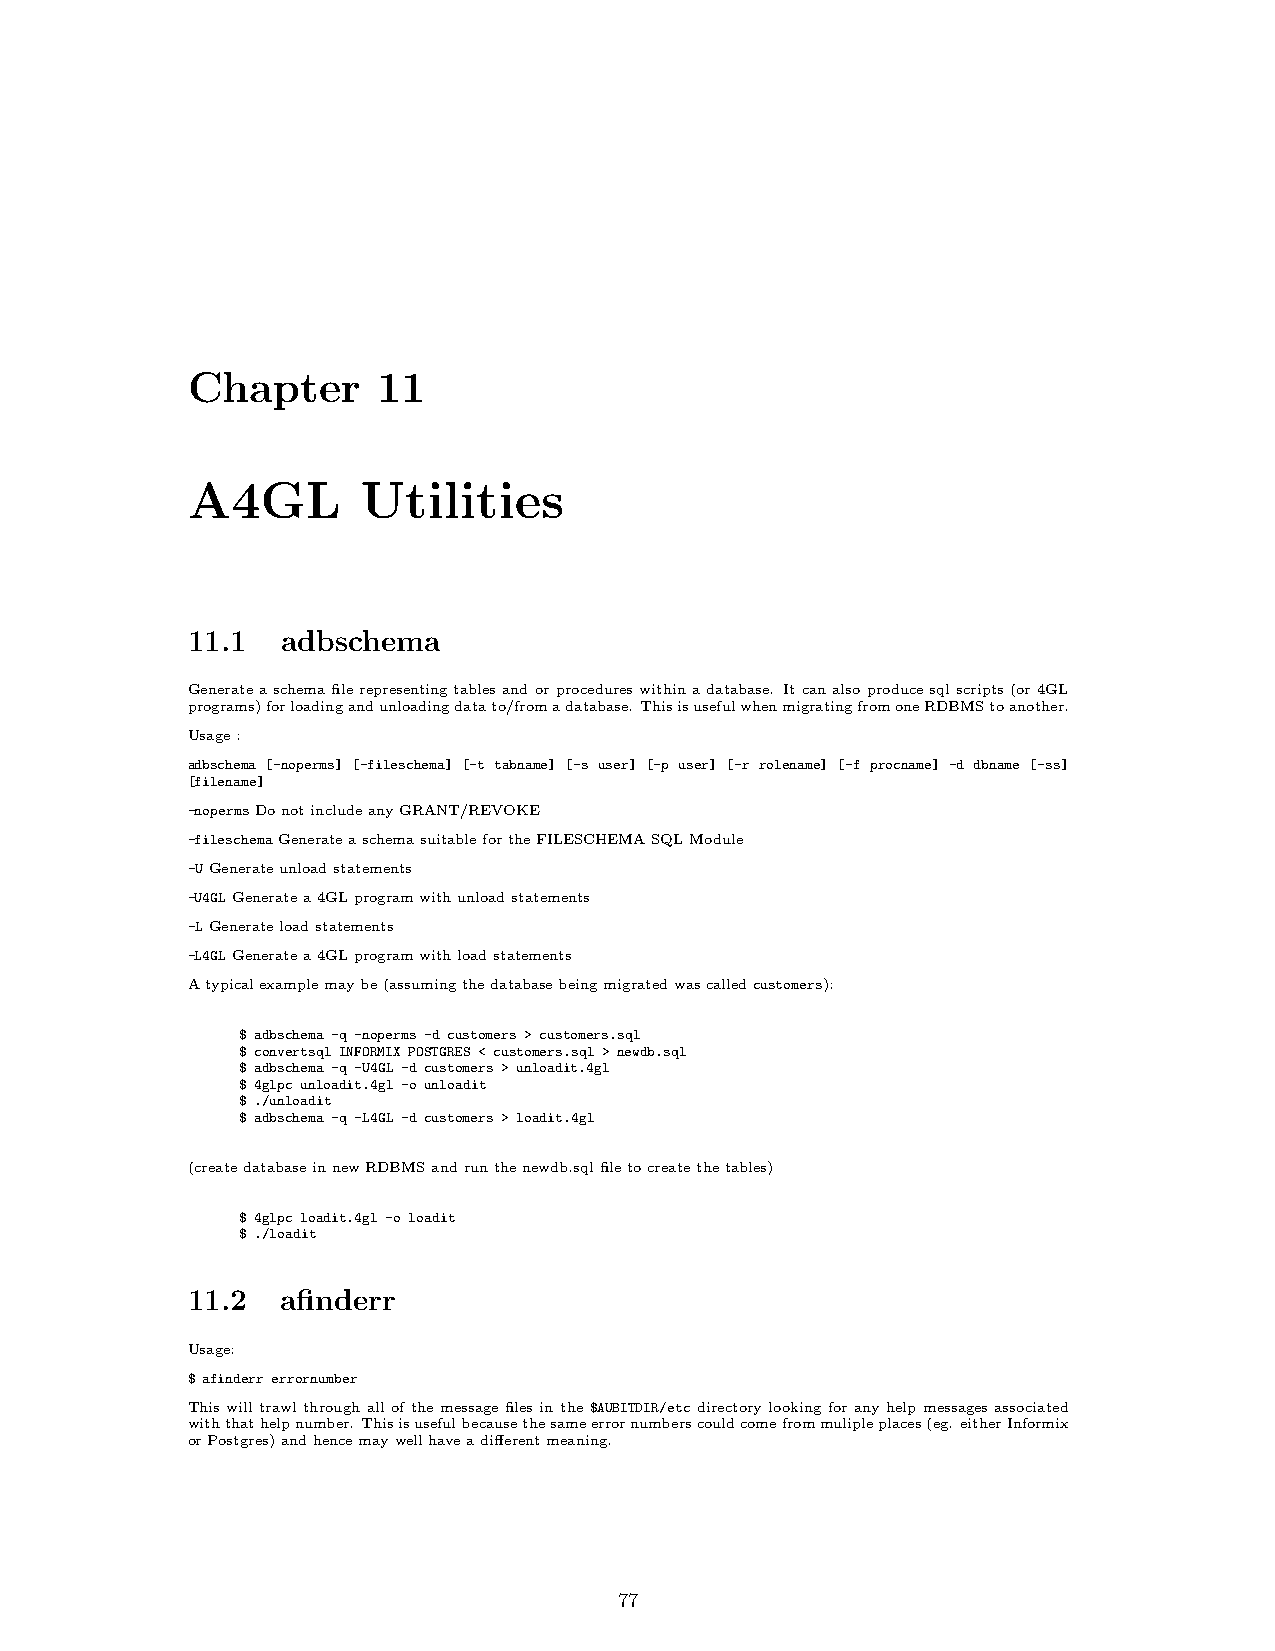
Chapter      11
 A4GL        Utilities
 11.1   adbschema
 Generateaschemafilerepresentingtablesandorprocedureswithinadatabase. Itcanalsoproducesqlscripts(or4GL
 programs)forloadingandunloadingdatato/fromadatabase. ThisisusefulwhenmigratingfromoneRDBMStoanother.
 Usage:
 adbschema [-noperms] [-fileschema] [-t tabname] [-s user] [-p user] [-r rolename] [-f procname] -d dbname [-ss]
 [filename]
 -nopermsDonotincludeanyGRANT/REVOKE
 -fileschemaGenerateaschemasuitablefortheFILESCHEMASQLModule
 -UGenerateunloadstatements
 -U4GLGeneratea4GLprogramwithunloadstatements
 -LGenerateloadstatements
 -L4GLGeneratea4GLprogramwithloadstatements
 Atypicalexamplemaybe(assumingthedatabasebeingmigratedwascalledcustomers):
 $ adbschema -q -noperms -d customers > customers.sql
 $ convertsql INFORMIX POSTGRES < customers.sql > newdb.sql
 $ adbschema -q -U4GL -d customers > unloadit.4gl
 $ 4glpc unloadit.4gl -o unloadit
 $ ./unloadit
 $ adbschema -q -L4GL -d customers > loadit.4gl
 (createdatabaseinnewRDBMSandrunthenewdb.sqlfiletocreatethetables)
 $ 4glpc loadit.4gl -o loadit
 $ ./loadit
 11.2   afinderr
 Usage:
 $ afinderr errornumber
 This will trawl through all of the message files in the $AUBITDIR/etc directory looking for any help messages associated
 withthathelpnumber. Thisisusefulbecausethesameerrornumberscouldcomefrommulipleplaces(eg. eitherInformix
 orPostgres)andhencemaywellhaveadifferentmeaning.
 77